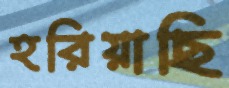
হরিয়াছি